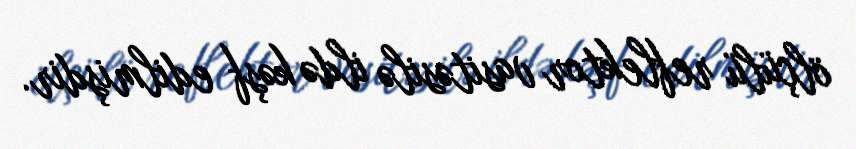
ölçülü reflektor vasitəsilə ildə kəşf edilmişdir.